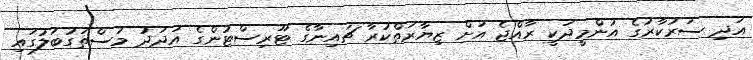
އަދި ސަރުކާރުގެ އުންމީދަކީ ރާއްޖެ އަށް ޒިޔާރަތްކުރާ ޗައިނާގެ ޓޫރިސްޓުންގެ އަދަދު މުސްތަގުބަލުގައި